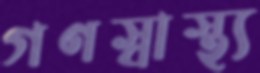
গণস্বাস্থ্য